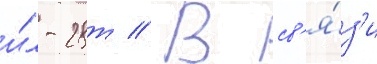
и́л-28т // В св'я́з'и